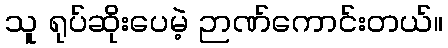
သူ ရုပ်ဆိုးပေမဲ့ ဉာဏ်ကောင်းတယ်။